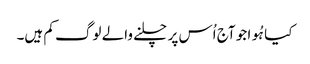
کیا ہُوا جو آج اُس پر چلنے والے لوگ کم ہیں۔